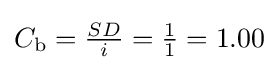
C_{\text{b}}={\tfrac {SD}{i}}={\tfrac {1}{1}}=1.00